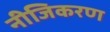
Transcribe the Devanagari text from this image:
नीजिकरण